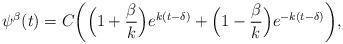
LaTeX: \begin{align*}\psi^{\beta}(t)=C\bigg(\Big(1+\dfrac{\beta}{k}\Big)e^{k(t-\delta)}+\Big(1-\dfrac{\beta}{k}\Big)e^{-k(t-\delta)}\bigg),\end{align*}